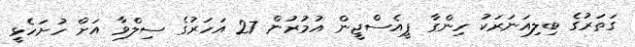
ގަތަރުގެ ބިލިއަނަރަކު ހިންގާ ޕީއެސްޖީން އުމުރުން 27 އަހަރުގެ ސިލްވާ އަށް ހުށަހެޅީ